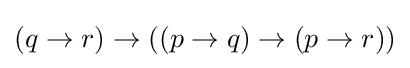
(q\to r)\to ((p\to q)\to (p\to r))